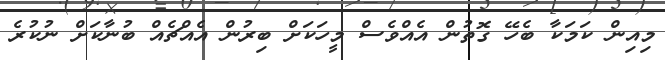
މިއިން ކަމަކާ ބެހޭ ގޮތުން އެއްވެސް މީހަކަށް ބިރުން އެއްޗެއް ބުނާކަށް ނުކުރެ